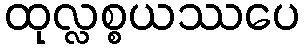
ထုလ္လစ္စယဿပေ